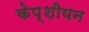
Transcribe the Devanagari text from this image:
केप्शीयन